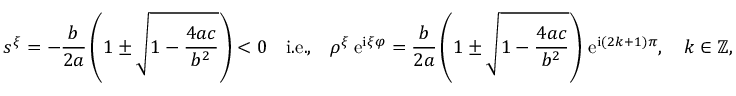
s ^ { \xi } = - \frac { b } { 2 a } \left( 1 \pm \sqrt { 1 - \frac { 4 a c } { b ^ { 2 } } } \right) < 0 \quad \mathrm { i . e . , } \quad \rho ^ { \xi } \, \mathrm { e } ^ { \mathrm { i } \xi \varphi } = \frac { b } { 2 a } \left( 1 \pm \sqrt { 1 - \frac { 4 a c } { b ^ { 2 } } } \right) \, \mathrm { e } ^ { \mathrm { i } \left( 2 k + 1 \right) \pi } , \quad k \in \mathbb { Z } ,